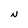
Character: N